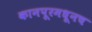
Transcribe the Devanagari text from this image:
कानपूरमधूनच